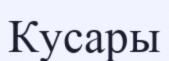
Кусары